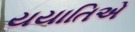
યયાતિએ